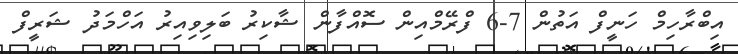
އިބްރާހިމް ހަނީފް އަތުން 7-6 ފްރޭމްއިން ސޮއްފާން ޝާކިރު ބަލިވިއިރު އަހްމަދު ޝަރީފް